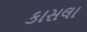
કાસલા